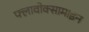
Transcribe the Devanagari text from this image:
फ्लावोक्सामाइन